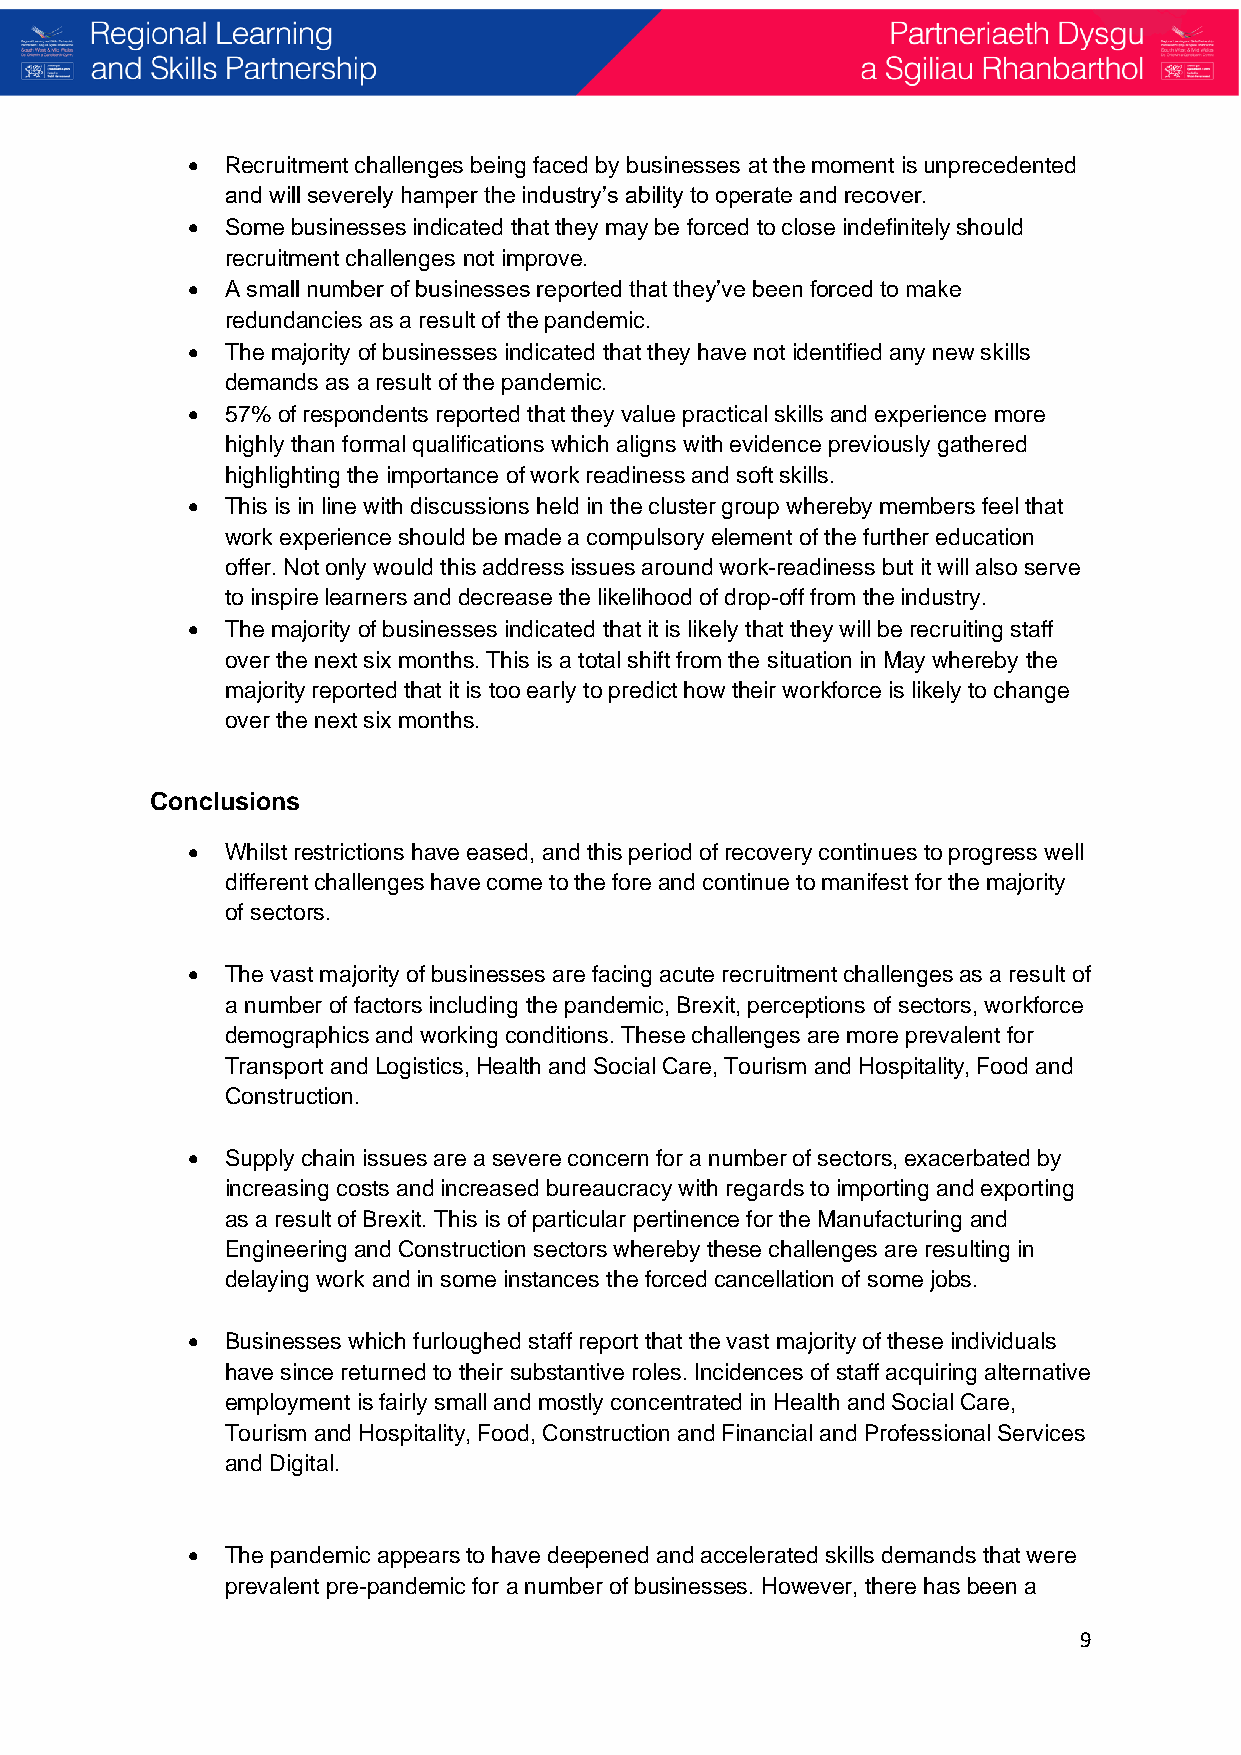
•  Recruitment challenges being faced by businesses at the moment is unprecedented
 and will severely hamper the industry’s ability to operate and recover.
 •  Some businesses indicated that they may be forced to close indefinitely should
 recruitment challenges not improve.
 •  A small number of businesses reported that they’ve been forced to make
 redundancies as a result of the pandemic.
 •  The majority of businesses indicated that they have not identified any new skills
 demands as a result of the pandemic.
 •  57% of respondents reported that they value practical skills and experience more
 highly than formal qualifications which aligns with evidence previously gathered
 highlighting the importance of work readiness and soft skills.
 •  This is in line with discussions held in the cluster group whereby members feel that
 work experience should be made a compulsory element of the further education
 offer. Not only would this address issues around work-readiness but it will also serve
 to inspire learners and decrease the likelihood of drop-off from the industry.
 •  The majority of businesses indicated that it is likely that they will be recruiting staff
 over the next six months. This is a total shift from the situation in May whereby the
 majority reported that it is too early to predict how their workforce is likely to change
 over the next six months.
 Conclusions
 •  Whilst restrictions have eased, and this period of recovery continues to progress well
 different challenges have come to the fore and continue to manifest for the majority
 of sectors.
 •  The vast majority of businesses are facing acute recruitment challenges as a result of
 a number of factors including the pandemic, Brexit, perceptions of sectors, workforce
 demographics and working conditions. These challenges are more prevalent for
 Transport and Logistics, Health and Social Care, Tourism and Hospitality, Food and
 Construction.
 •  Supply chain issues are a severe concern for a number of sectors, exacerbated by
 increasing costs and increased bureaucracy with regards to importing and exporting
 as a result of Brexit. This is of particular pertinence for the Manufacturing and
 Engineering and Construction sectors whereby these challenges are resulting in
 delaying work and in some instances the forced cancellation of some jobs.
 •  Businesses which furloughed staff report that the vast majority of these individuals
 have since returned to their substantive roles. Incidences of staff acquiring alternative
 employment is fairly small and mostly concentrated in Health and Social Care,
 Tourism and Hospitality, Food, Construction and Financial and Professional Services
 and Digital.
 •  The pandemic appears to have deepened and accelerated skills demands that were
 prevalent pre-pandemic for a number of businesses. However, there has been a
 9